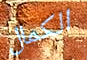
الكمال